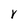
Character: Y